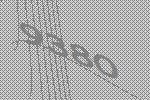
9380